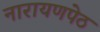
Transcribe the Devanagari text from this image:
नारायणपेठ